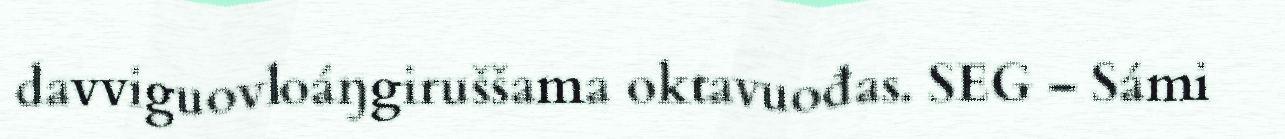
davviguovloáŋgiruššama oktavuođas. SEG – Sámi